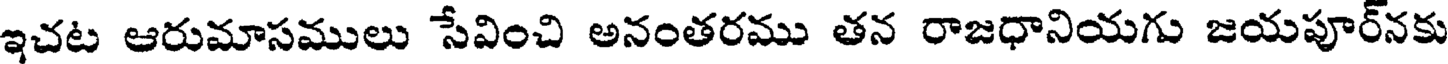
ఇచట ఆరుమాసములు సేవించి అనంతరము తన రాజధానియగు జయపూర్నకు